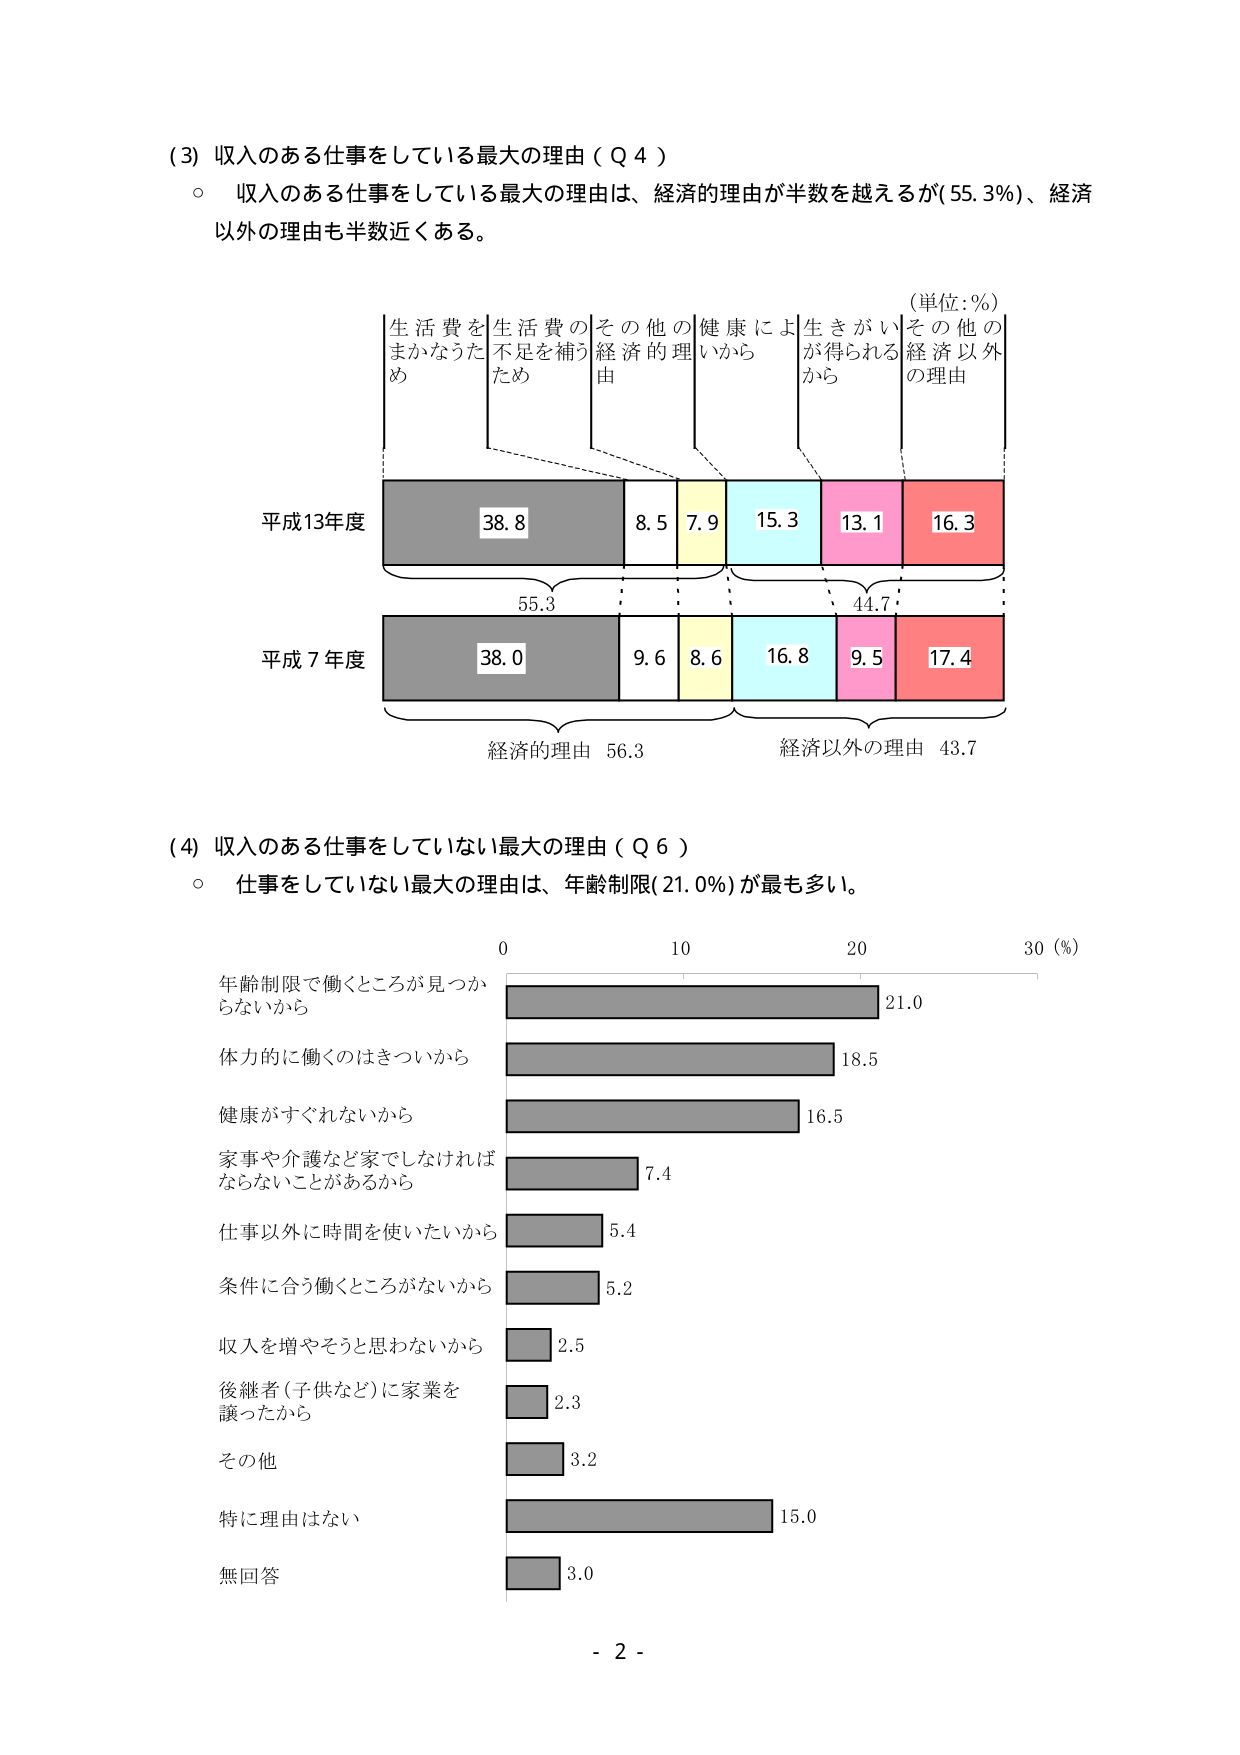
(3) 収入のある仕事をしている最大の理由（Q 4）
○ 収入のある仕事をしている最大の理由は、経済的理由が半数を越えるが(55.3%)、経済以外の理由も半数近くある。

(単位:%)
生活費をまかなうため　生活費の不足を補うため　その他の経済的理由　健康により生きがいが得られるから　その他の経済以外の理由

平成13年度
38.8　8.5　7.9　15.3　13.1　16.3
　　　　55.3　　　　　　　　　　44.7

平成7年度
38.0　9.6　8.6　16.8　9.5　17.4
　　　　経済的理由 56.3　　　　経済以外の理由 43.7

(4) 収入のある仕事をしていない最大の理由（Q 6）
○ 仕事をしていない最大の理由は、年齢制限(21.0%)が最も多い。

0　　　　10　　　　20　　　　30 (%)
年齢制限で働くところが見つからないから　21.0
体力的に働くのはきついから　18.5
健康がすぐれないから　16.5
家事や介護など家でしなければならないことがあるから　7.4
仕事以外に時間を使いたいから　5.4
条件に合う働くところがないから　5.2
収入を増やそうと思わないから　2.5
後継者（子供など）に家業を譲ったから　2.3
その他　3.2
特に理由はない　15.0
無回答　3.0

- 2 -